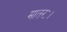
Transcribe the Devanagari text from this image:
मातरः।